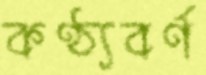
কণ্ঠ্যবর্ণ